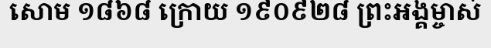
សោម ១៨៦៨ ក្រោយ ១៩០៩២៨ ព្រះអង្គម្ចាស់